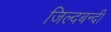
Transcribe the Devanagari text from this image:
जिल्दबन्दी